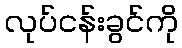
လုပ်ငန်းခွင်ကို